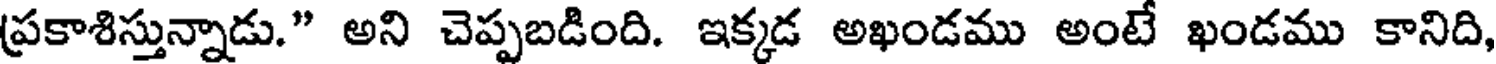
ప్రకాశిస్తున్నాడు." అని చెప్పబడింది. ఇక్కడ అఖండము అంటే ఖండము కానిది,